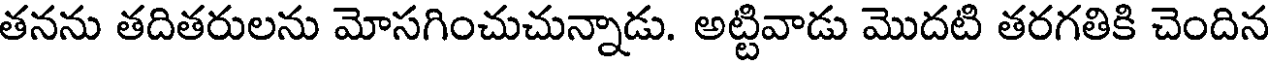
తనను తదితరులను మోసగించుచున్నాడు. అట్టివాడు మొదటి తరగతికి చెందిన